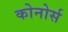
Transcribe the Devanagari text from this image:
कोनोर्स